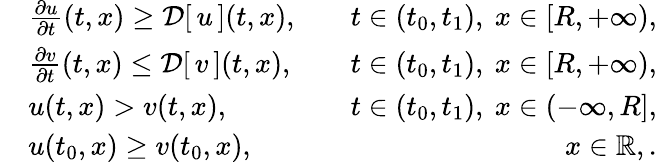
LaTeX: \begin{array}{rlr}&{\frac{\partial u}{\partial t}(t,x)\ge{\mathcal{D}}[\, {u}\, ](t,x),}&{\quad t\in(t_{0},t_{1}),\ x\in[R,+\infty),}\\ &{\frac{\partial v}{\partial t}(t,x)\le{\mathcal{D}}[\, {v}\, ](t,x),}&{\quad t\in(t_{0},t_{1}),\ x\in[R,+\infty),}\\ &{u(t,x)>v(t,x),}&{\quad t\in(t_{0},t_{1}),\ x\in(-\infty,R],}\\ &{u(t_{0},x)\ge v(t_{0},x),}&{\quad x\in\mathbb{R},.}\end{array}